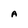
Character: A